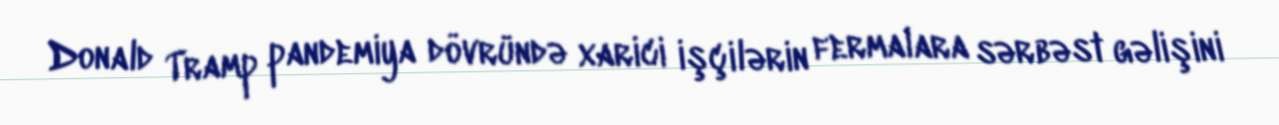
Donald Tramp pandemiya dövründə xarici işçilərin fermalara sərbəst gəlişini